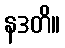
နဒတိ။